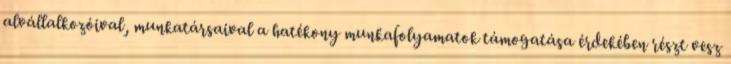
alvállalkozóival, munkatársaival a hatékony munkafolyamatok támogatása érdekében részt vesz